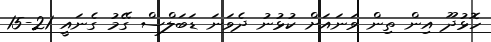
ހޮޅުދޫ އިން ތިން ވަނައަށް ކުޅުނު ދެވަނަ ޑަބަލްސް ގޭމު ގެނައީ 21-15